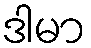
ဒါမာ